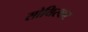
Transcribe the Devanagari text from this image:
सोयिस्कर